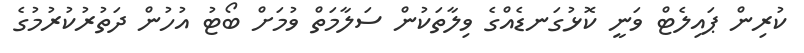
ކުރިން ޕައިލެޓް ވަނީ ކޮޅުގަނޑެއްގެ ވިލާތަކުން ސަލާމަތް ވުމަށް ބޯޓު އުހުން ދަތުރުކުރުމުގެ